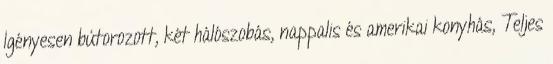
Igényesen bútorozott, két hálószobás, nappalis és amerikai konyhás, Teljes